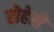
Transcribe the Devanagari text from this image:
रोहेले